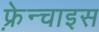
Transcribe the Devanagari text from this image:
फ़्रेन्चाइस